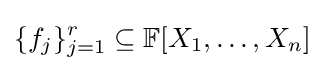
\{f_{j}\}_{j=1}^{r}\subseteq \mathbb {F} [X_{1},\ldots ,X_{n}]